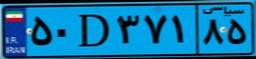
۵۰D۳۷۱۸۵